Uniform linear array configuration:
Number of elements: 64
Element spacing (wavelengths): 0.75
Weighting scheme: cosine
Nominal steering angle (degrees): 0
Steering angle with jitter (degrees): -1.67
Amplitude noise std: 0.05
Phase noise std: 0.05

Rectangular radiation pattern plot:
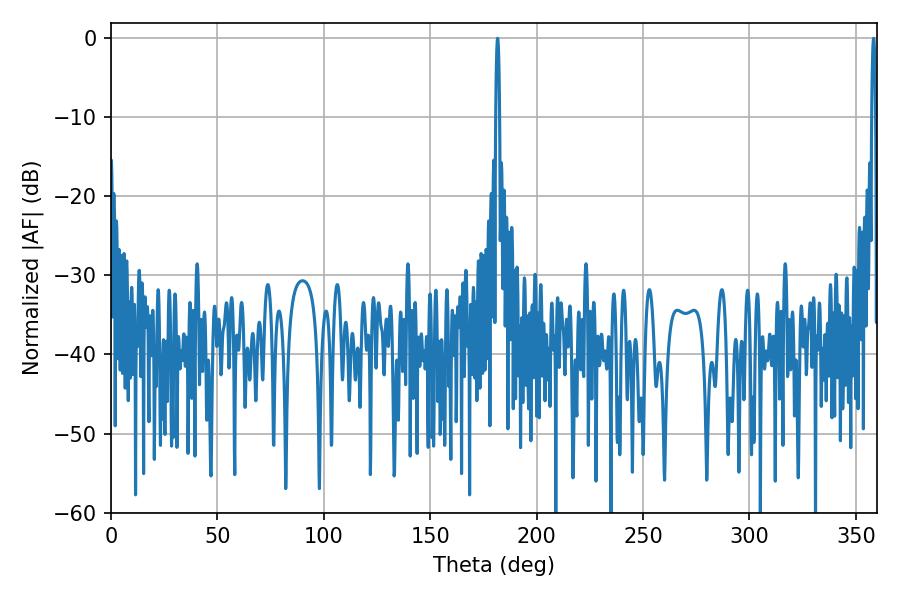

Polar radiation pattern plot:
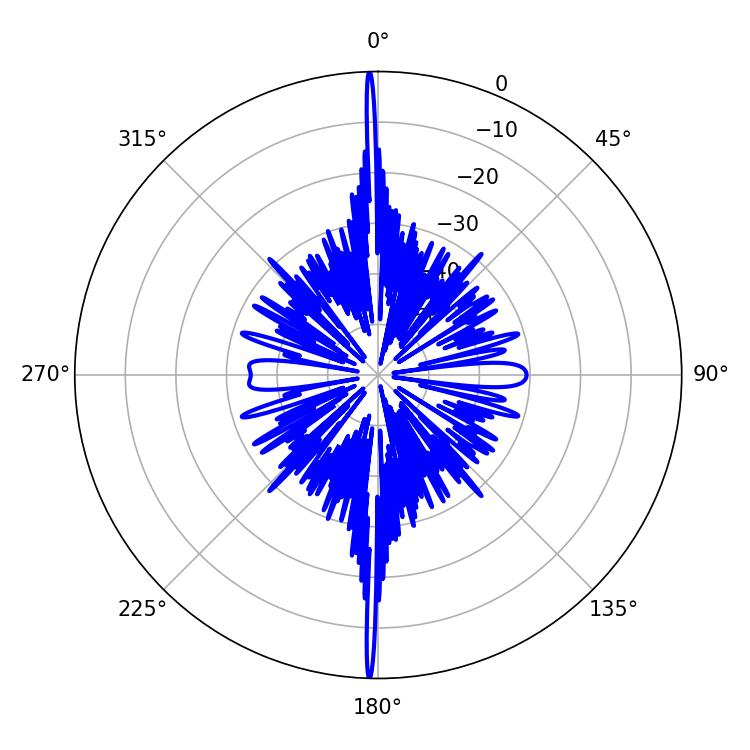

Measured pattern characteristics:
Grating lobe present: TRUE
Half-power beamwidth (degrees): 0.9
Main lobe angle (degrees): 358.38